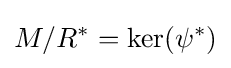
M/R^{\ast }=\ker(\psi ^{\ast })